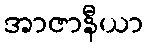
အာဇာနီယာ